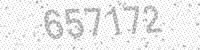
Solution: 657172